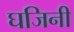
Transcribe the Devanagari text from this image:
घजिनी